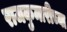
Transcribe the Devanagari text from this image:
राजकुमारीच्या